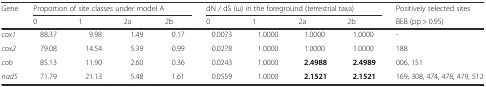
| <ROWSPAN=2> Gene | <COLSPAN=4> Proportion of site classes under model A | <COLSPAN=4> dN / dS (ω) in the foreground (terrestrial taxa) | Positively selected sites |
 | 0 | 1 | 2a | 2b | 0 | 1 | 2a | 2b | BEB (pp > 0.95) |
 | --- | --- | --- | --- | --- | --- | --- | --- | --- | --- |
 | cox1 | 88.37 | 9.98 | 1.49 | 0.17 | 0.0073 | 1.0000 | 1.0000 | 1.0000 | - |
 | cox2 | 79.08 | 14.54 | 5.39 | 0.99 | 0.0278 | 1.0000 | 1.0000 | 1.0000 | 188 |
 | cob | 85.13 | 11.90 | 2.60 | 0.36 | 0.0243 | 1.0000 | 2.4988 | 2.4989 | 006, 151 |
 | nad5 | 71.79 | 21.13 | 5.48 | 1.61 | 0.0559 | 1.0000 | 2.1521 | 2.1521 | 169, 308, 474, 478, 479, 512 |